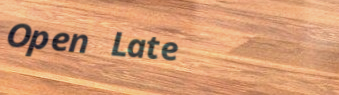
Open Late